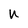
Character: n